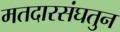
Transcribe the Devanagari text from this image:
मतदारसंघतुन